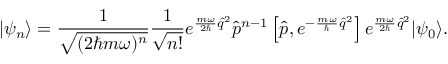
| \psi _ { n } \rangle = \frac { 1 } { \sqrt { ( 2 \hbar m \omega ) ^ { n } } } \frac { 1 } { \sqrt { n ! } } e ^ { \frac { m \omega } { 2 \hbar } \hat { q } ^ { 2 } } \hat { p } ^ { n - 1 } \left[ \hat { p } , e ^ { - \frac { m \omega } { \hbar } \hat { q } ^ { 2 } } \right] e ^ { \frac { m \omega } { 2 \hbar } \hat { q } ^ { 2 } } | \psi _ { 0 } \rangle .